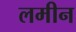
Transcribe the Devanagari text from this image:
लमीन